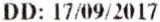
DD: 17/09/2017